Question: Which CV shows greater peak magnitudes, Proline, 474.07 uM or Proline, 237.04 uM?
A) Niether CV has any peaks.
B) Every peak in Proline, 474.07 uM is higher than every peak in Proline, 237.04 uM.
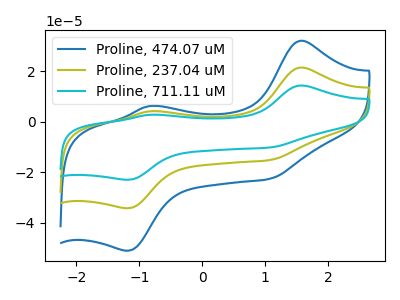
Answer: <think>The blue curve "Proline, 474.07 uM" has anodic peaks at (1.55V, 32.15uA) (-0.85V, 6.30uA) and cathodic peaks at (1.05V, -22.55uA) (-1.20V, -51.05uA). The olive curve "Proline, 237.04 uM" has anodic peaks at (1.55V, 21.55uA) (-0.85V, 4.25uA) and cathodic peaks at (1.05V, -15.10uA) (-1.20V, -34.20uA). The cyan curve "Proline, 711.11 uM" has anodic peaks at (1.55V, 43.10uA) (-0.85V, 8.45uA) and cathodic peaks at (1.05V, -30.25uA) (-1.20V, -68.40uA).</think>
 <answer>B) Every peak in "Proline, 474.07 uM" is higher than every peak in "Proline, 237.04 uM".</answer>
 <eval>B</eval>